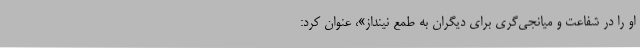
او را در شفاعت و میانجی‌گری برای دیگران به طمع نینداز»، عنوان کرد: